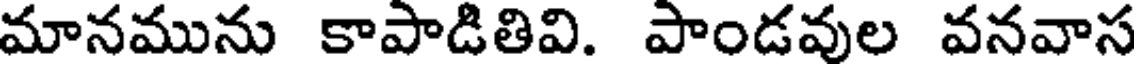
మానమును కాపాడితివి. పాండవుల వనవాస